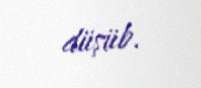
düşüb.